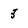
Character: 3